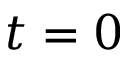
t = 0